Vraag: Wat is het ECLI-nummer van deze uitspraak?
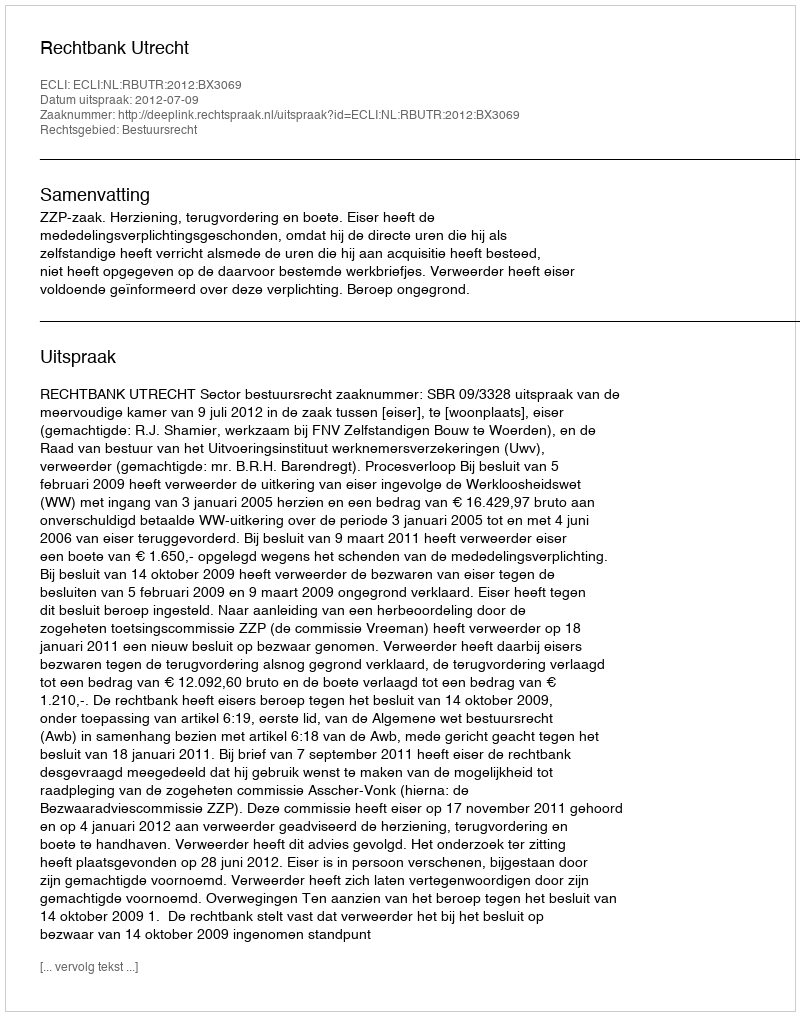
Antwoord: ECLI:NL:RBUTR:2012:BX3069